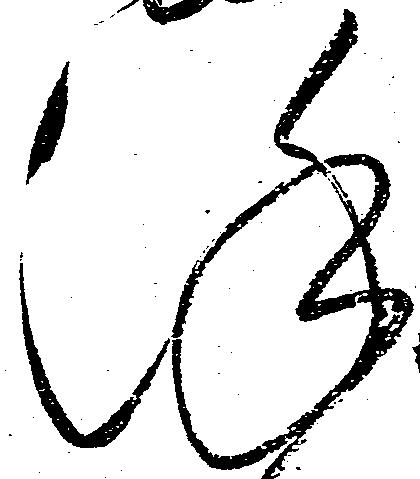
謹